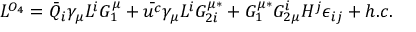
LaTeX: { \cal L } ^ { { \cal O } _ { 4 } } = \bar { Q } _ { i } \gamma _ { \mu } L ^ { i } G _ { 1 } ^ { \mu } + \bar { u ^ { c } } \gamma _ { \mu } L ^ { i } G _ { 2 i } ^ { \mu * } + G _ { 1 } ^ { \mu * } G _ { 2 \mu } ^ { i } H ^ { j } \epsilon _ { i j } + h . c .